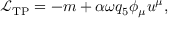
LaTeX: { \mathcal { L } } _ { \mathrm { T P } } = - m + \alpha \omega q _ { 5 } \phi _ { \mu } u ^ { \mu } ,